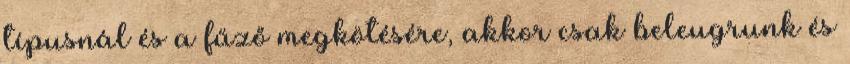
típusnál és a fűző megkötésére, akkor csak beleugrunk és